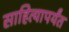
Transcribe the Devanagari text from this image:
साहित्यापर्यंत